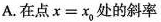
A. 在点 $$ $$x = x _ { 0 }$$ $$处的斜率